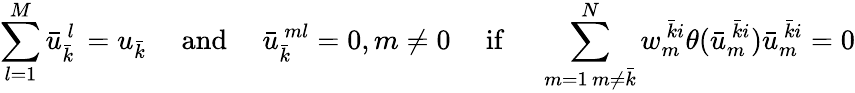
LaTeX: \sum_{l=1}^{M}\bar{u}_{\bar{k}\ }^{\ l}=u_{\bar{k}}\quad\mathrm{~and~}\quad\bar{u}_{\bar{k}\ }^{\ ml}=0,m\neq 0\quad\mathrm{~if~}\quad\sum_{\substack{m=1\, m\neq\bar{k}}}^{N}w_{m\ }^{\ \bar{k}i}\theta(\bar{u}_{m\ }^{\ \bar{k}i})\bar{u}_{m\ }^{\ \bar{k}i}=0